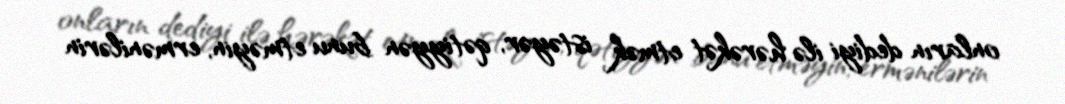
onların dediyi ilə hərəkət etmək istəyər, qətiyyən bunu etməyin, ermənilərin